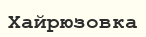
Хайрюзовка